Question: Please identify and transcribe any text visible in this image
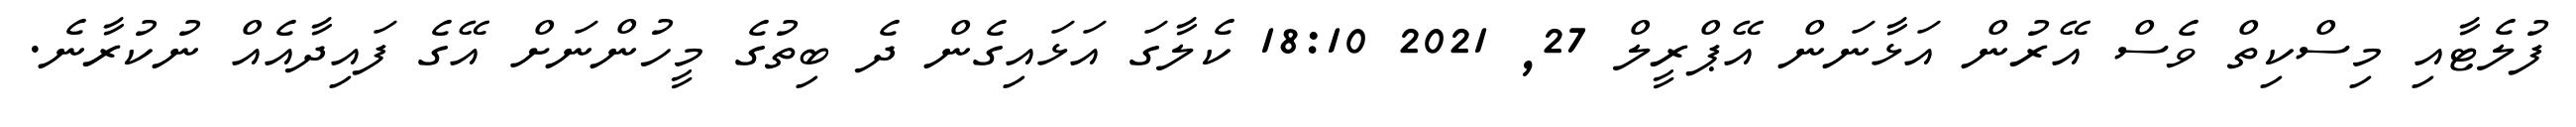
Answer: ފުލެޓާއި މިސްކިތް ވެސް އޭރުން އަޅާނަން އޭޕްރީލް 27, 2021 18:10 ކެލާގަ އަޅައިގެން ދެ ބިތުގެ މީހުންނަށް އޭގެ ފައިދާއެއް ނުކުރާނެ.